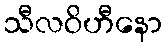
သီလဝိဟီနော